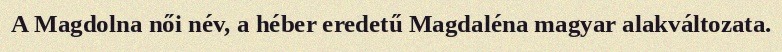
A Magdolna női név, a héber eredetű Magdaléna magyar alakváltozata.